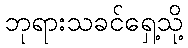
ဘုရားသခင်ရှေ့သို့